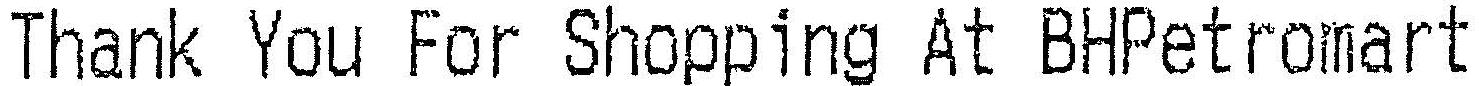
THANK YOU FOR SHOPPING AT BHPETROMART